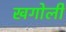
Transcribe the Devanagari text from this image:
खगोली